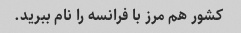
کشور هم مرز با فرانسه را نام ببرید.